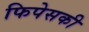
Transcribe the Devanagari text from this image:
फिपेसकी